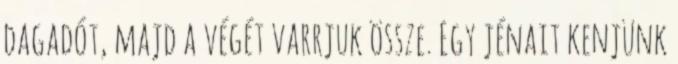
dagadót, majd a végét varrjuk össze. Egy jénait kenjünk